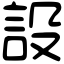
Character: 設